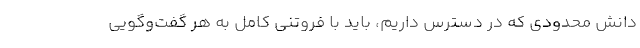
دانش محدودی که در دسترس داریم، باید با فروتنی کامل به هر گفت‌وگویی